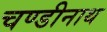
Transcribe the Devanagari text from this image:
चण्‍डीनाथ